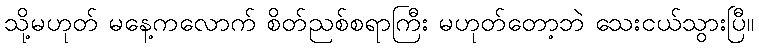
သို့မဟုတ် မနေ့ကလောက် စိတ်ညစ်စရာကြီး မဟုတ်တော့ဘဲ သေးငယ်သွားပြီ။